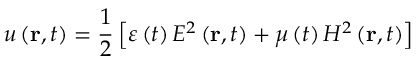
u \left( \mathbf { r } , t \right) = \frac { 1 } { 2 } \left[ \varepsilon \left( t \right) E ^ { 2 } \left( \mathbf { r } , t \right) + \mu \left( t \right) H ^ { 2 } \left( \mathbf { r } , t \right) \right]